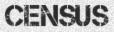
CENSUS